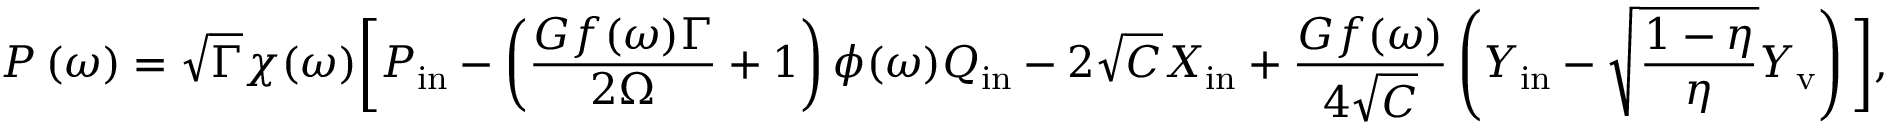
P \ensuremath { \left( \omega \right) } = \sqrt { \Gamma } \chi ( \omega ) \bigg [ P _ { \mathrm { i n } } - \left( \frac { G f ( \omega ) \Gamma } { 2 \Omega } + 1 \right) \phi ( \omega ) Q _ { \mathrm { i n } } - 2 \sqrt { C } X _ { \mathrm { i n } } + \frac { G f ( \omega ) } { 4 \sqrt { C } } \left( { Y _ { \mathrm { i n } } } - \sqrt { \frac { 1 - \eta } { \eta } } Y _ { \mathrm { v } } \right) \bigg ] ,